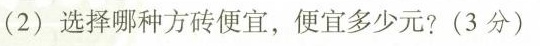
(2)选择哪种方砖便宜，便宜多少元?(3分)